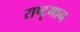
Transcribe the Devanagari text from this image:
राष्टृगान